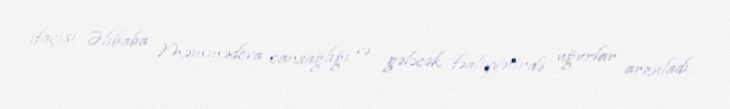
ifaçısı Əlibaba Məmmədova cansağlığı və gələcək fəaliyyətində uğurlar arzuladı.